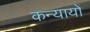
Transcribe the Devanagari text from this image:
कन्यायों